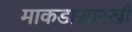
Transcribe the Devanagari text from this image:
माकडासारखी